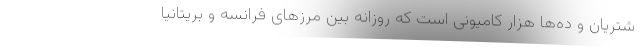
شتریان و ده‌ها هزار کامیونی است که روزانه بین مرزهای فرانسه و بریتانیا